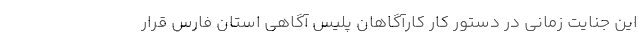
این جنایت زمانی در دستور کار کارآگاهان پلیس آگاهی استان فارس قرار